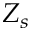
Z _ { s }